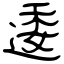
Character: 逶